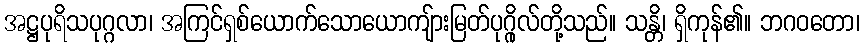
အဋ္ဌပုရိသပုဂ္ဂလာ၊ အကြင်ရှစ်ယောက်သောယောကျ်ားမြတ်ပုဂ္ဂိုလ်တို့သည်။ သန္တိ၊ ရှိကုန်၏။ ဘဂဝတော၊